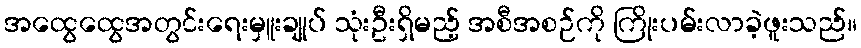
အထွေထွေအတွင်းရေးမှူးချုပ် သုံးဦးရှိမည့် အစီအစဉ်ကို ကြိုးပမ်းလာခဲ့ဖူးသည်။